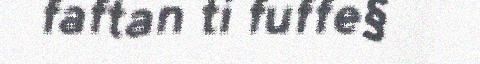
faftan ti fuffe§